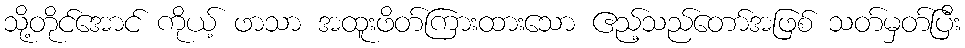
သို့တိုင်အောင် ကိုယ့် ဖာသာ အထူးဖိတ်ကြားထားသော ဧည့်သည်တော်အဖြစ် သတ်မှတ်ပြီး